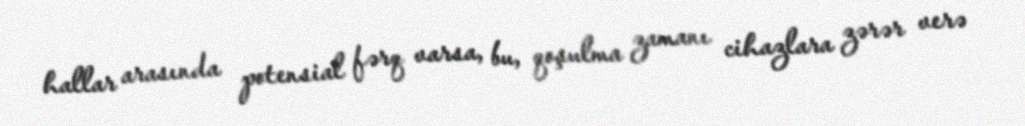
hallar arasında potensial fərq varsa, bu, qoşulma zamanı cihazlara zərər verə